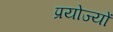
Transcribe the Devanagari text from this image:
प्रयोज्यों